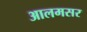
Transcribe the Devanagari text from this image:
आलमसर